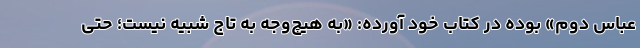
عباس دوم» بوده در کتاب خود آورده: «به هیچ‌وجه به تاج شبیه نیست؛ حتی